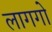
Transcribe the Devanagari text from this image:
लागगो